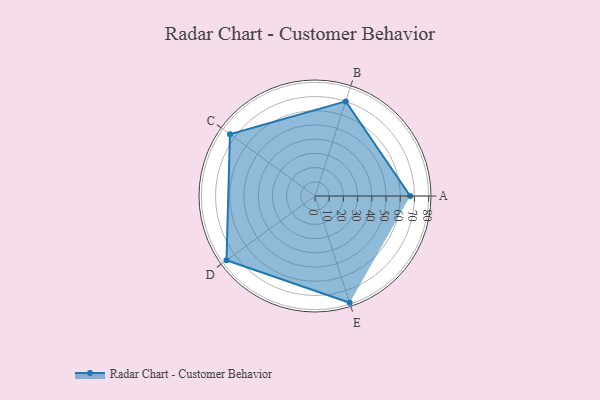
{"axis": {"x": "Skill", "y": "Score"}, "legend": ["Profile"], "data": [{"x": "A", "y": 67.0, "type": "Profile"}, {"x": "B", "y": 70.0, "type": "Profile"}, {"x": "C", "y": 74.0, "type": "Profile"}, {"x": "D", "y": 77.0, "type": "Profile"}, {"x": "E", "y": 79.0, "type": "Profile"}]}